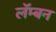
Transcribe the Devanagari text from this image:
लॅम्बन